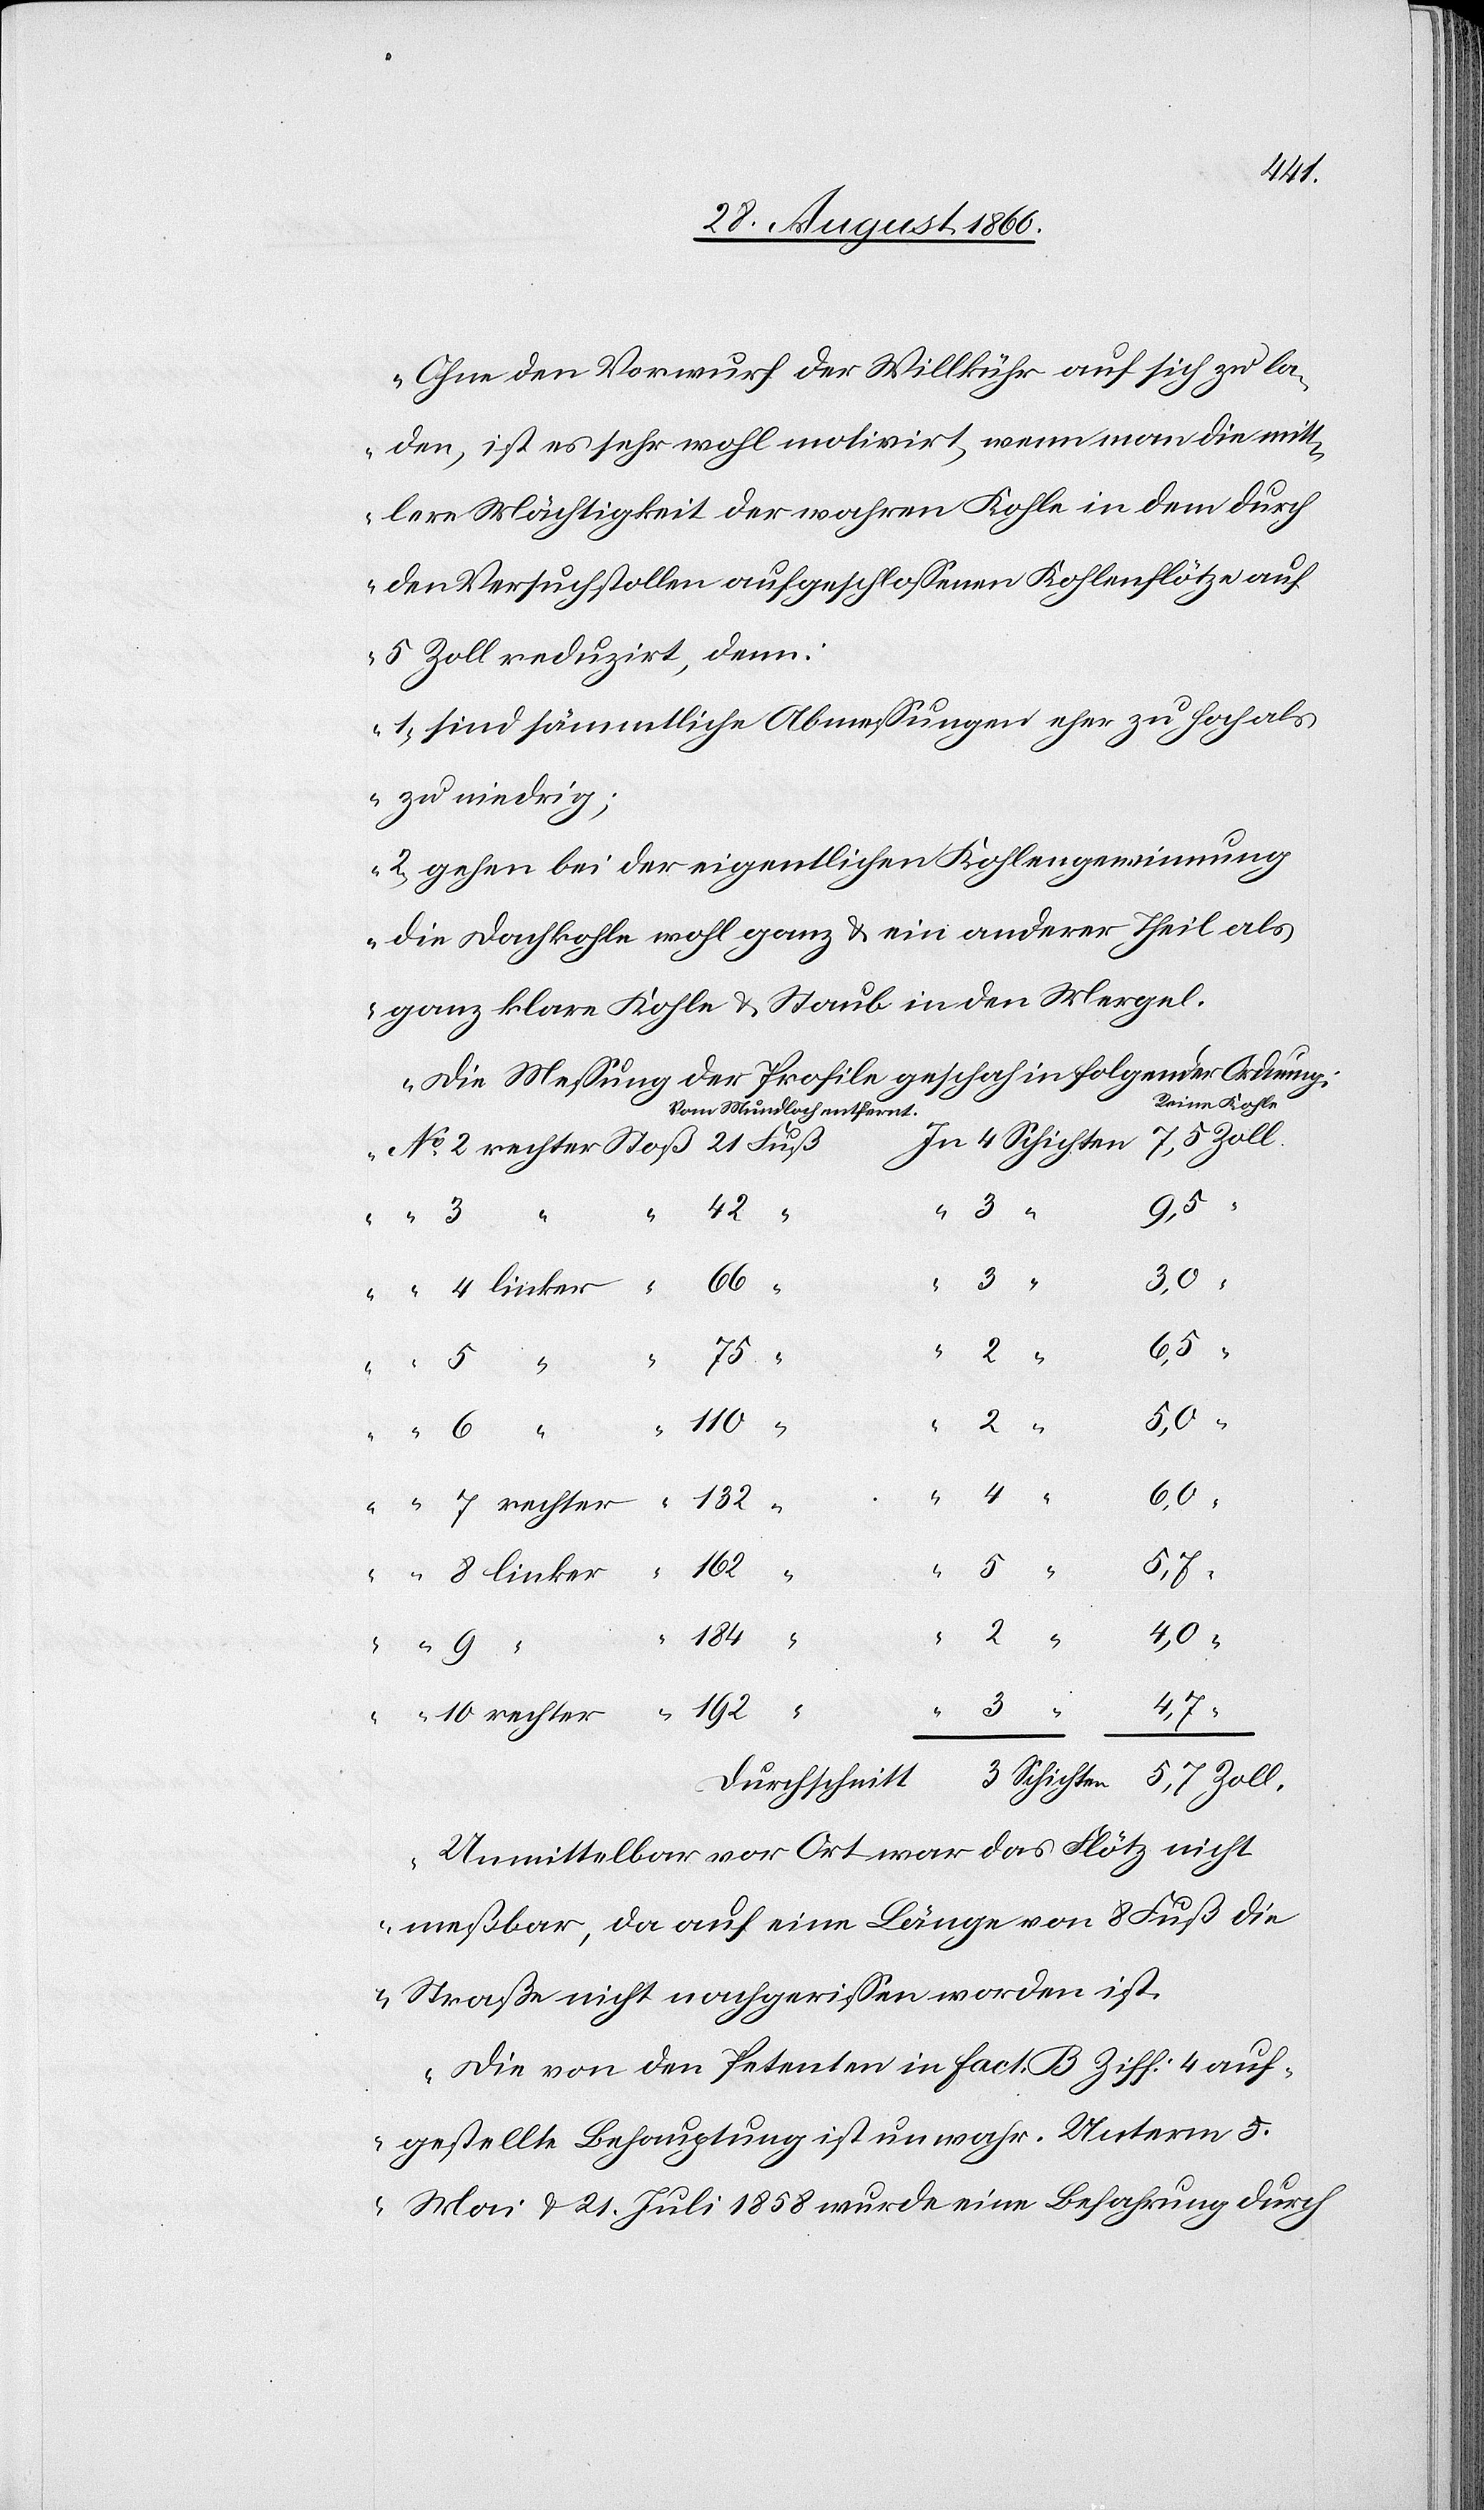
den, ist es sehr wohl motivirt, wenn man die mitt¬
lere Mächtigkeit der wahren Kohle in dem durch
den Versuchsstollen aufgeschlossenen Kohlenflötze auf
5 Zoll reduzirt, denn:
1) sind sämmtliche Abmessungen eher zu hoch als
zu niedrig.
2) gehen bei der eigentlichen Kohlengewinnung
die Dachkohle wohl ganz u. ein anderer Theil als
ganz klare Kohle u. Staub in den Mergel.
Die Messung der Profile geschah in folgender Ordnung:
Reine Kohle
Vom Mundloch entfernt
tt 3 Schichten
42
9.
3
Durchschni¬
4
3,0
6,5
10.
2
5,7
Zoll
4
6,0
162
Unmittelbar vor Ort war das Flötz nicht
messbar, da auf eine Länge von 8 Fuss die
Strasse nicht nachgerissen worden ist.
Die von den Petenten in Fact. B. Ziff: 4 auf¬
gestellte Behauptung ist unwahr. Unterm 5.
Mai u. 21. Juli 1858 wurde eine Befahrung durch